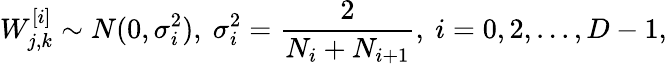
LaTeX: W_{j,k}^{[i]}\sim N(0,\sigma_{i}^{2}),\ \sigma_{i}^{2}=\frac{2}{N_{i}+N_{i+1}},\ i=0,2,...,D-1,